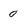
Character: 0